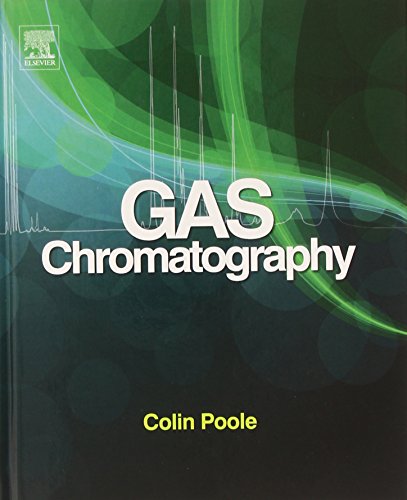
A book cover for Gas Chromatography; Science & Math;